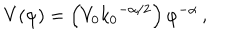
LaTeX: V ( \varphi ) = \left( V _ { 0 } { k _ { 0 } } ^ { - { \alpha } / 2 } \right) { \varphi } ^ { - \alpha } \, ,